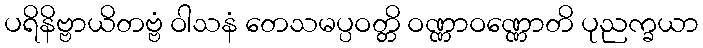
ပရိနိဗ္ဗာယိတဗ္ဗံ ဝါသနံ တေသမပ္ပဝတ္တိ ဝဏ္ဏာဝဏ္ဏောတိ ပုညက္ခယာ